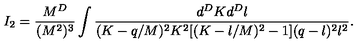
I _ { 2 } = \frac { M ^ { D } } { ( M ^ { 2 } ) ^ { 3 } } \int \frac { d ^ { D } K d ^ { D } l } { ( K - q / M ) ^ { 2 } K ^ { 2 } [ ( K - l / M ) ^ { 2 } - 1 ] ( q - l ) ^ { 2 } l ^ { 2 } } .